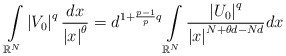
\begin{align*}\int\limits_{\mathbb{R}^{N}}\left\vert V_{0}\right\vert ^{q}\frac{dx}{\left\vert x\right\vert^{\theta}}=d^{1+\frac{p-1}{p}q}\int\limits_{\mathbb{R}^{N}}\frac{\left\vert U_{0}\right\vert ^{q}}{\left\vert x\right\vert^{N+\theta d-Nd}}dx\end{align*}